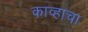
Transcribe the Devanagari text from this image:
काव्हाचा